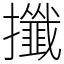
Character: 攕